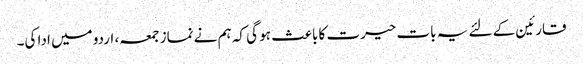
قارئین کے لئے یہ بات حیرت کا باعث ہو گی کہ ہم نے نماز جمعہ، اردو میں ادا کی۔